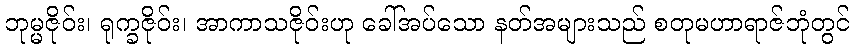
ဘုမ္မဇိုဝ်း၊ ရုက္ခဇိုဝ်း၊ အာကာသဇိုဝ်းဟု ခေါ်အပ်သော နတ်အများသည် စတုမဟာရာဇ်ဘုံတွင်